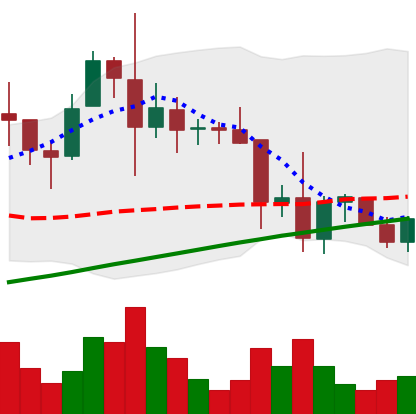
Ticker: XRP-USD
Chart end date: 2021-11-23
Forward return: -9.213%
Label: down_7plus